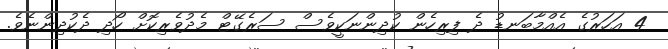
4 އަހަރުގެ އެއްމާބަނޑު ދެ ފިރިހެން ކުދިންނަކީވެސް ސަރެގޭޓް މެދުވެރިކޮށް ހޯދި ދެކުދިންނެވެ.